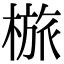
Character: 𣖺